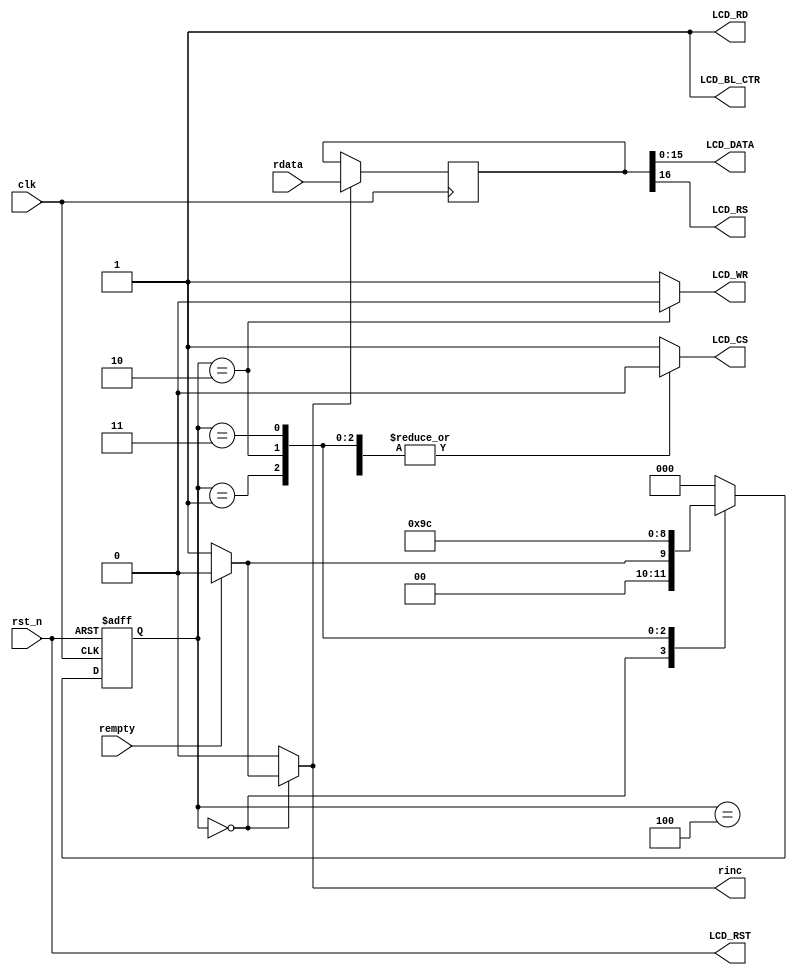
module Interface_9341(input wire        clk,rst_n,
                      input wire        rempty,
                      input wire[16:0]  rdata,
                      output reg        rinc,
                      output wire[15:0] LCD_DATA,
                      output reg        LCD_CS,
                      output reg        LCD_WR,
                      output wire       LCD_RS,
                      output wire       LCD_RD,
                      output wire       LCD_RST,
                      output wire       LCD_BL_CTR);

    assign LCD_RST    = rst_n;
    assign LCD_RD     = 1'b1;
    assign LCD_BL_CTR = 1'b1;

    parameter IDLE  = 3'b000;
    parameter WaitS = 3'b001;
    parameter Pre   = 3'b010;
    parameter Wri   = 3'b011;
    parameter WaitH = 3'b100;
    reg[2:0] curr_state,next_state;

    reg[16:0] data_buf;

    //FSM block

    always @(posedge clk or negedge rst_n) begin
        if(!rst_n) curr_state <= IDLE;
        else curr_state <= next_state;
    end

    always @(*) begin
        case(curr_state)
            IDLE:begin
                if(rempty)begin
                    next_state = IDLE;
                    rinc       = 1'b0;
                    LCD_CS     = 1'b1;
                    LCD_WR     = 1'b1;
                end
                else begin
                    next_state = WaitS;
                    rinc       = 1'b1;
                    LCD_CS     = 1'b1;
                    LCD_WR     = 1'b1;
                end
            end
            WaitS:begin
                next_state = Pre;
                rinc       = 1'b0;
                LCD_CS     = 1'b0;
                LCD_WR     = 1'b1;
            end
            Pre:begin
                next_state = Wri;
                rinc       = 1'b0;
                LCD_CS     = 1'b0;
                LCD_WR     = 1'b0;
            end
            Wri:begin
                next_state = WaitH;
                rinc       = 1'b0;
                LCD_CS     = 1'b0;
                LCD_WR     = 1'b1;
            end
            WaitH:begin
                next_state = IDLE;
                rinc       = 1'b0;
                LCD_CS     = 1'b0;
                LCD_WR     = 1'b1;
            end
            default:begin
                next_state = IDLE;
                rinc       = 1'b0;
                LCD_CS     = 1'b1;
                LCD_WR     = 1'b1;
            end
        endcase
    end


    always @(posedge clk) begin
        if(rinc)begin
            data_buf <= rdata;
        end
    end


    assign LCD_DATA = data_buf[15:0];
    assign LCD_RS   = data_buf[16];
    

endmodule